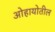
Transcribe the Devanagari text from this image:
ओहायोतील